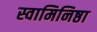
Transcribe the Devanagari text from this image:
स्वामिनिष्ठा